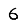
Digit: 6